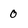
Character: 0